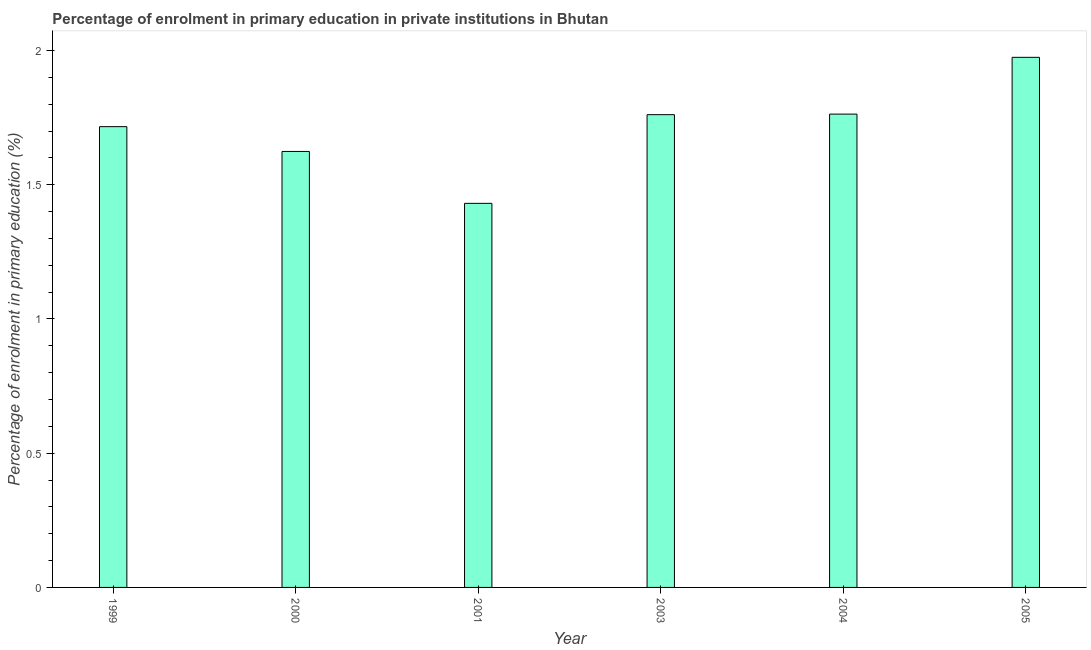
| Year | Enrolment  |
 | --- | --- |
 | 1999 | 1.72 |
 | 2000 | 1.62 |
 | 2001 | 1.43 |
 | 2003 | 1.76 |
 | 2004 | 1.76 |
 | 2005 | 1.97 |